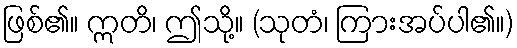
ဖြစ်၏။ ဣတိ၊ ဤသို့။ (သုတံ၊ ကြားအပ်ပါ၏။)